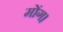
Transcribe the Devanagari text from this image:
मोंग।